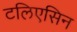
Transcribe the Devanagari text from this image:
टलिएसिन